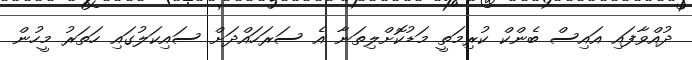
ދުއްވާފައި އައިސް ބެންކް ކުރިމަތީ މަޑުކޮށްލިތަނާ އެ ސަރަހައްދަށް ސައިކަލުގައި ހަތަރު މީހުން